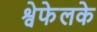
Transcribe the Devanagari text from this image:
श्वेफेलके